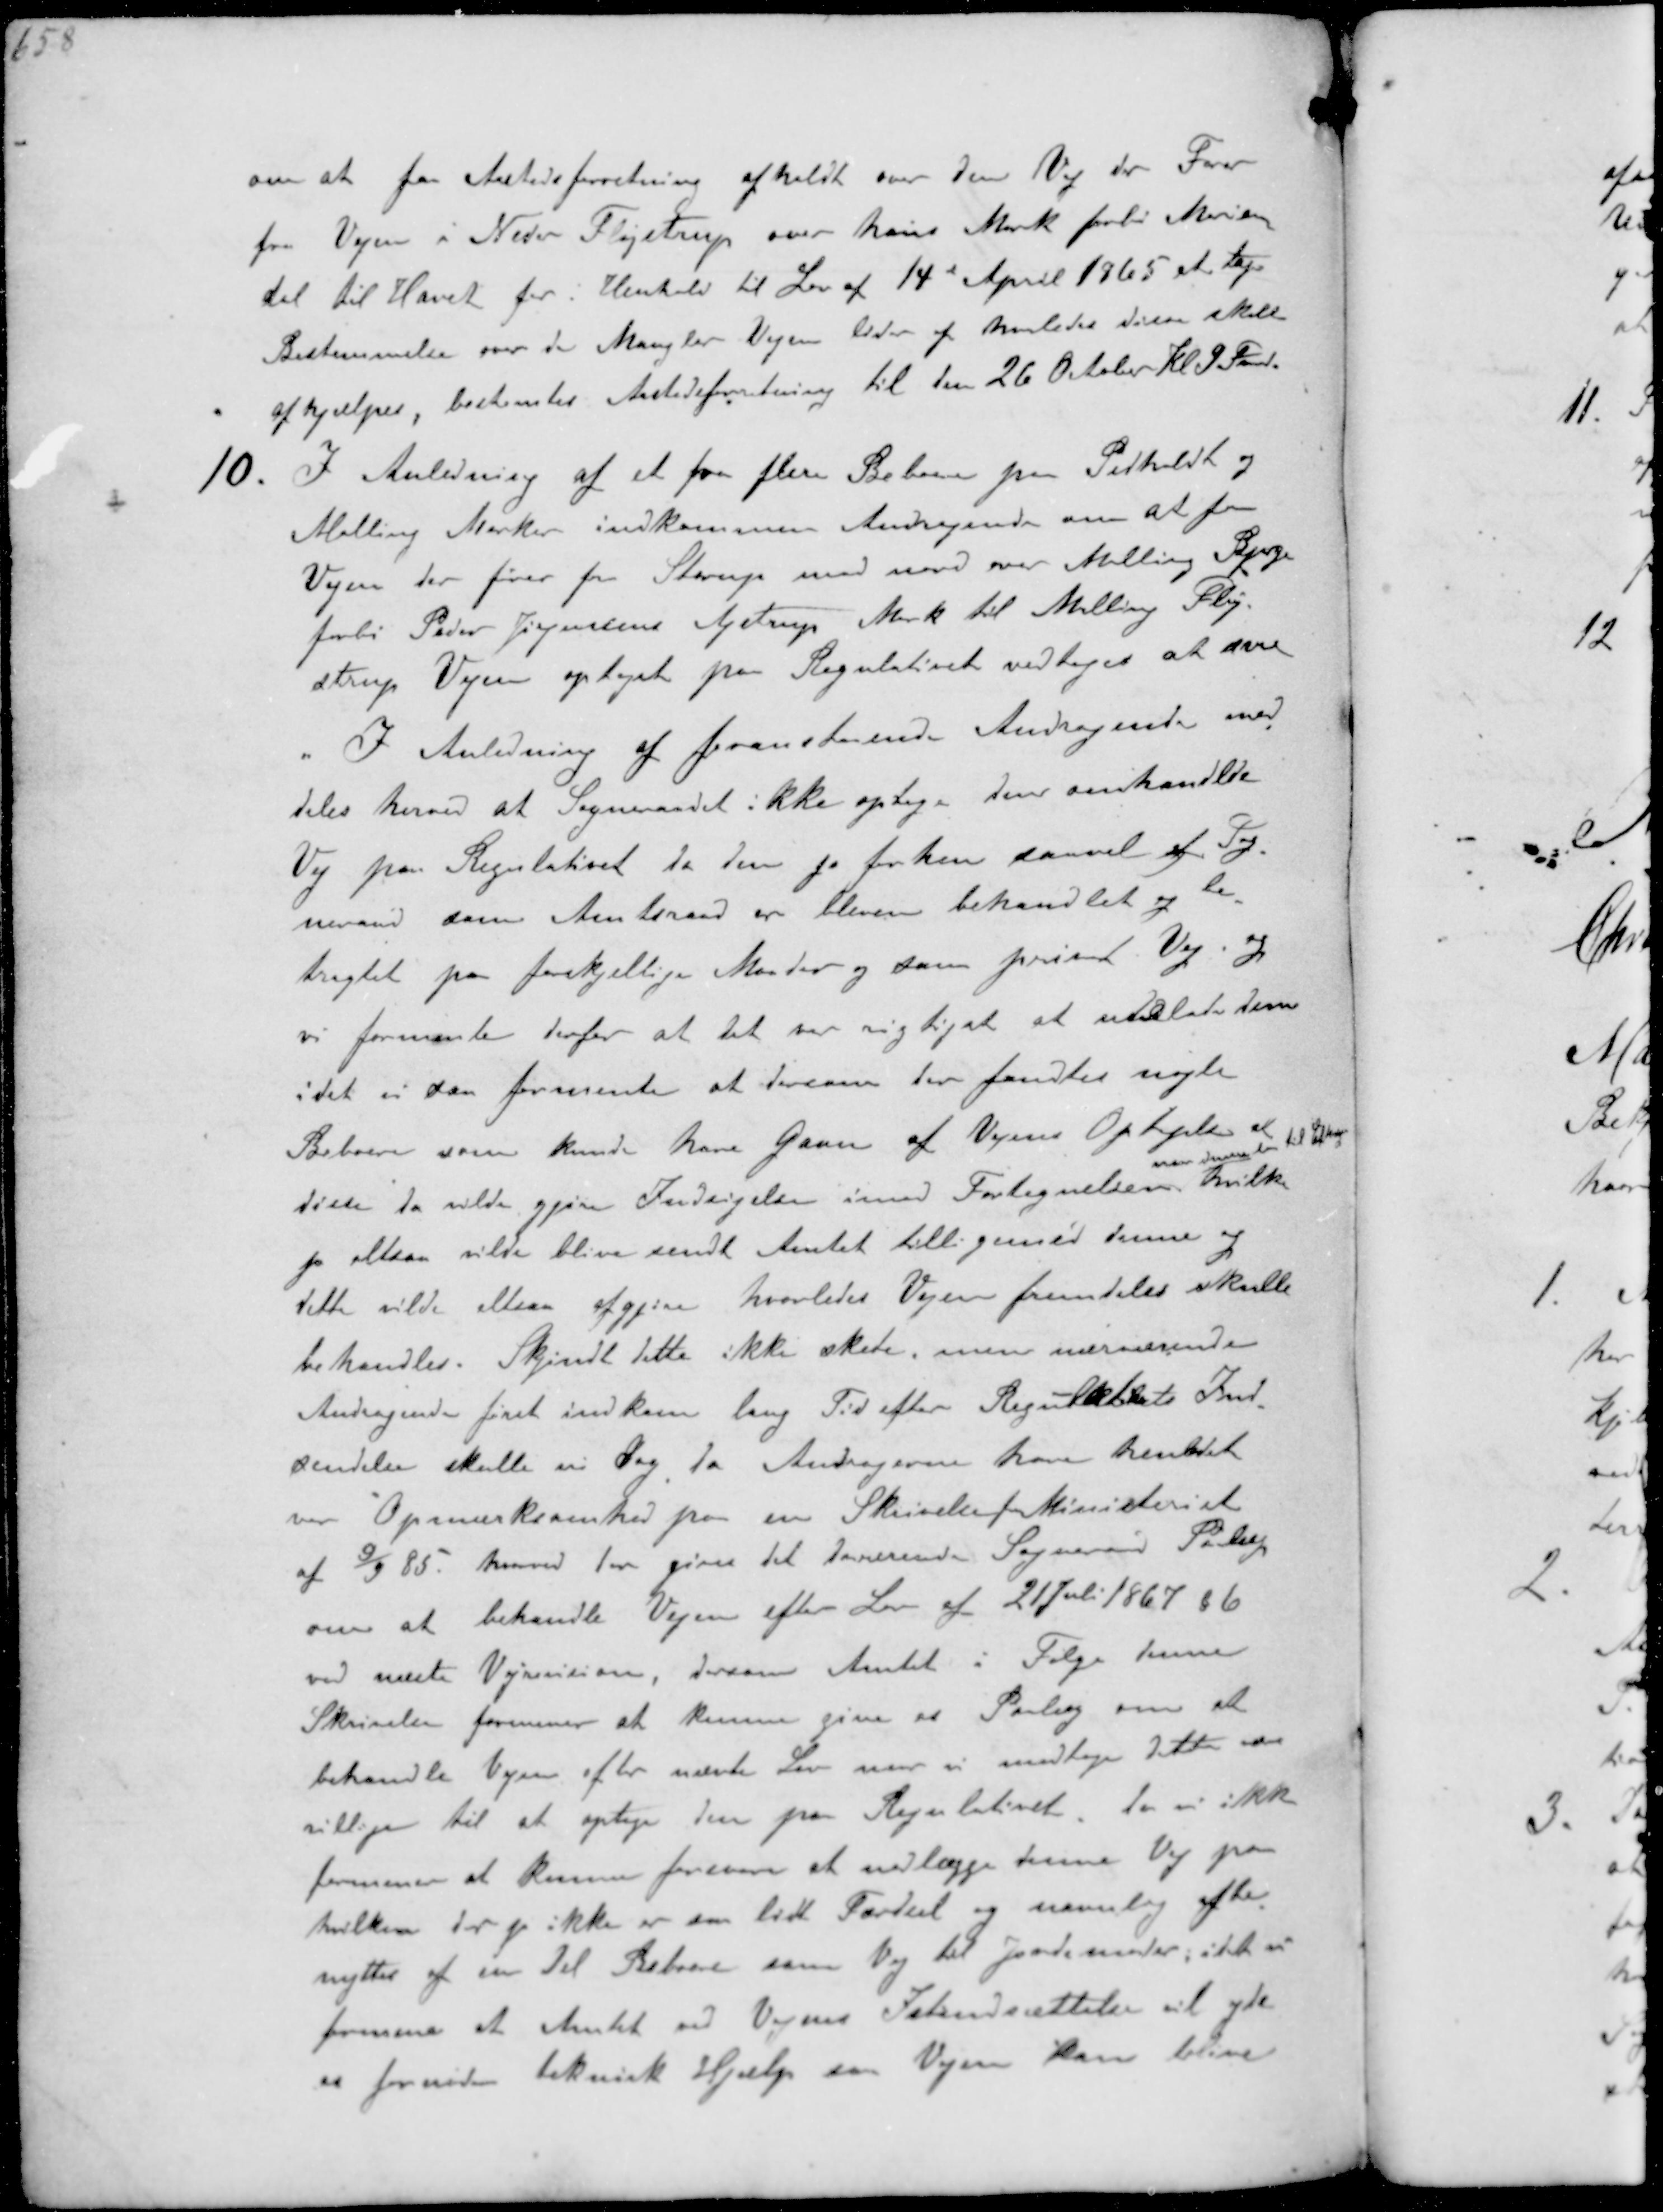
Transskription:
om at faa Aastedsforretning afholdt over den Vej der Fører
fra Vejen i Neder Fløjstrup over hans Mark forbi Marien-
dal til Havet for i Henhold til Lov af 14de April 1865 at tage
Bestemmelse over de Mangler Vejen lider af saaledes disse skal
afhjælpes, bestemtes Aastedsforretning til den 26 October Kl 9 Fmd.
10. I Anledning af et fra flere Beboere paa Pedholdt og
Malling Marker indkommen Andragende om at faa
Vejen der fører fra Starup med nord over Malling Bjerge
forbi Peder Jørgensen A,strup Mark til Malling Fløj-
strup Vejen optaget paa Regulativet vedtoges at svare
" I Anledning af foranstående Andragende med-
deles herved at Sogneraadet ikke optager den omhandlede
Vej paa Regulativet da den jo førhen saavel af Sog-
neraad som Amtsraad er bleven behandlet og be-
tragtet har forskjellige Maader og som privat Vej og
vi formente derfor at det var rigtigt at udelade den
idet vi saa formente at dersom der fandtes nogle
Beboere som kunde have Gavn af Vejens Optagelse at
disse da vilde give Indsigelser imod Fortegnelsen
naar denne laa til Eftersyn
hvilke
jo ellers vilde blive sendt Amtet tilligemed denne og
dette vilde altsaa afgjøre hvorledes Vejen fremdeles skulle
behandles. Skjøndt dette ikke skete, men nærværende
Andragende først indkom lang Tid efter Regulativets Ind-
sendelse skulle vi Dog da Andragerne har henledt
vor Opmærksomhed paa en Skrivelse fra Ministeriet
af 9/9 85, herved har givet det daværende Sogneraad Paalæg
om at behandle Vejen efter Lov af 21 Juli 1867 §6
ved næste Vejrevision, dersom Amtet i Følge denne
Skrivelse formener at kunne give et Paalæg om at
behandle Vejen efter nævnte Lov naar vi modtager dette være
villige til at optage den på Regulativet da vi ikke
formener at kunne forsvare at nedlægge denne Vej paa
hvilken der jo ikke er saa lidt Færdsel og navnlig afbe-
nyttes af en Del Beboere som Vej til Jordemoder, ikke vil
fremme at Amtet ved Vejens Istandsættelse vil yde
en fornøden teknisk Hjælp saa Vejen kan blive